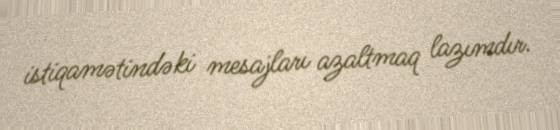
istiqamətindəki mesajları azaltmaq lazımdır.